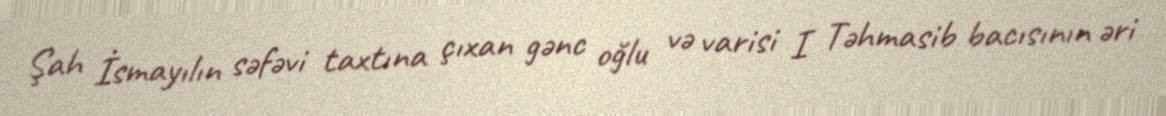
Şah İsmayılın səfəvi taxtına çıxan gənc oğlu və varisi I Təhmasib bacısının əri